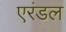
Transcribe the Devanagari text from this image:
एरंडल